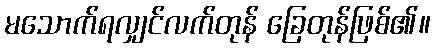
မသောက်ရလျှင်လက်တုန် ခြေတုန်ဖြစ်၏။